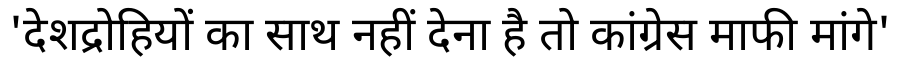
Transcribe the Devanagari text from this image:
'देशद्रोहियों का साथ नहीं देना है तो कांग्रेस माफी मांगे'